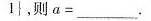
1 }$$，则$$a = ___$$.